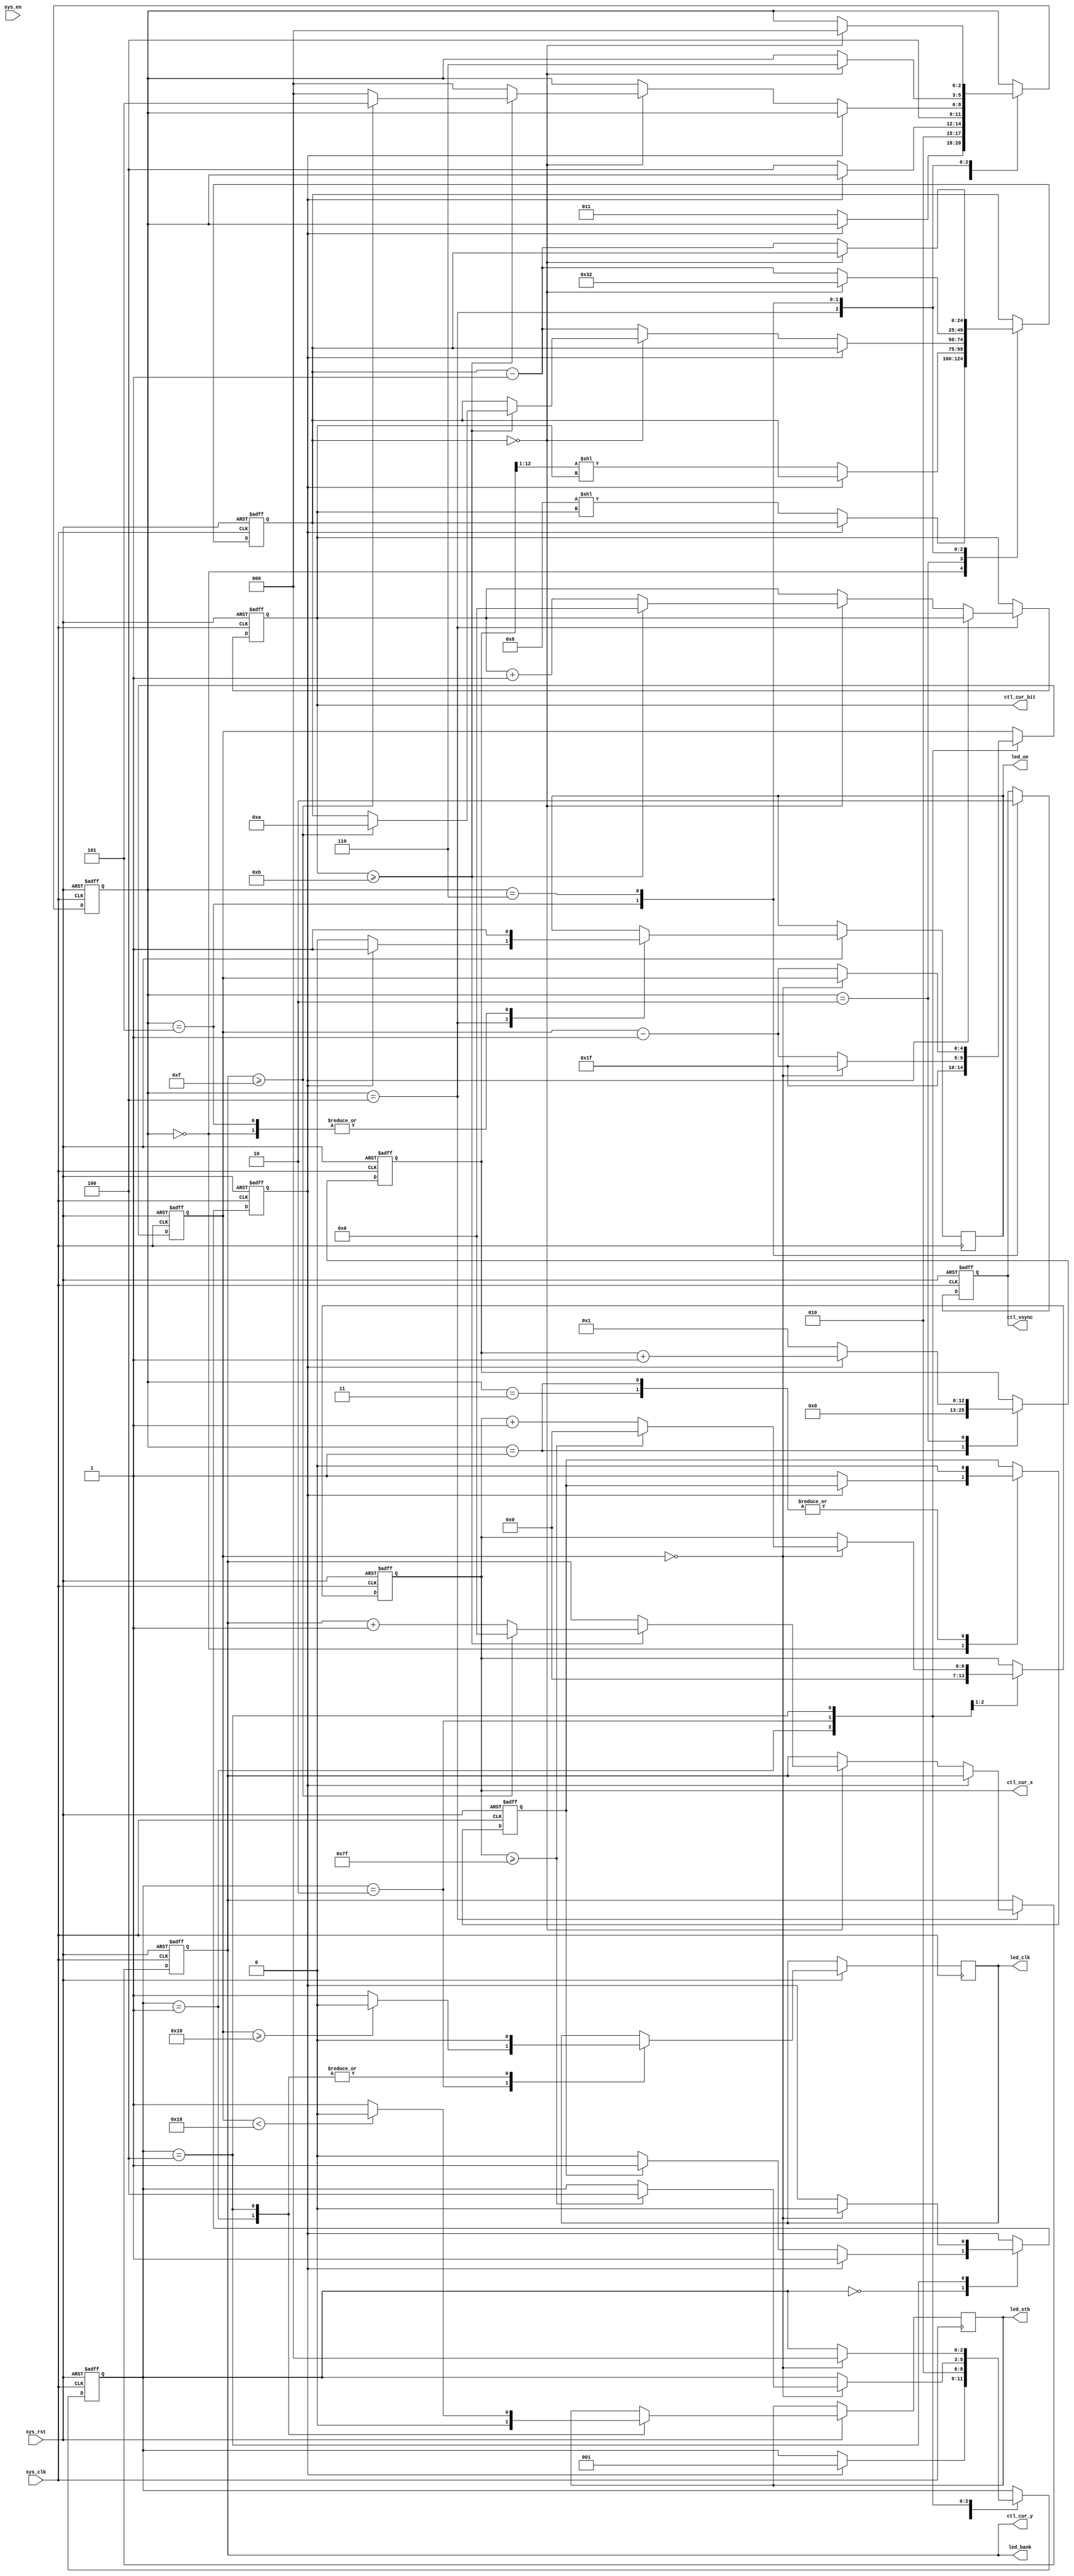
`timescale 1ns / 1ps
//////////////////////////////////////////////////////////////////////////////////
// Licensed under BSD 2-Clause, see COPYING.
// 
// Design Name: 
// Module Name: timing_generator
// Project Name: LED Controller for GRAET JUSTICE
// Target Devices: MYiR ZTurn Board with Zynq-7010
// Tool Versions: 
// Description: 
// 
// Dependencies: 
// 
// 
//////////////////////////////////////////////////////////////////////////////////
module timing_generator #(
    // Maximum length of display chain
    parameter integer C_LED_CHAIN_LENGTH = 4,
    // Number of banks in one chain
    parameter integer C_LED_NBANKS = 16,
    // Width of one display
    parameter integer C_LED_WIDTH = 32,
    // Clock divider from system clock to LED blit clock
    parameter integer C_LED_CLKDIV = 32,
    // Bits per pixel colour
    parameter integer C_BPC = 12
)
(
    // TODO: change to target config registers
    /*input [31:0] bufa_base,
    input [31:0] bufa_limit,
    input [31:0] bufb_base,
    input [31:0] bufb_limit,
    input buf_sel,*/
    
    input sys_en,
    input sys_clk,
    input sys_rst,
    
    output reg led_clk,
    output reg led_stb,
    output reg led_oe,
    output [$clog2(C_LED_NBANKS)-1 : 0] led_bank,
    
    output [$clog2(C_LED_WIDTH * C_LED_CHAIN_LENGTH)-1 : 0] ctl_cur_x,
    output [$clog2(C_LED_NBANKS)-1 : 0] ctl_cur_y,
    output [$clog2(C_BPC)-1 : 0] ctl_cur_bit,
    output ctl_vsync
);    

/// Counters
// Current line pixel counter
reg [$clog2(C_LED_WIDTH * C_LED_CHAIN_LENGTH)-1 : 0] pixel_counter;
assign ctl_cur_x = pixel_counter;
// Frame bank counter
reg [$clog2(C_LED_NBANKS)-1 : 0] bank_counter;
assign led_bank = bank_counter;
assign ctl_cur_y = bank_counter;
// Individual pixel divider
reg [$clog2(C_LED_CLKDIV)-1 : 0] divider_counter;
// Subframe counter (for pixel bits)
reg [$clog2(C_BPC)-1 : 0] subframe_counter;
assign ctl_cur_bit = subframe_counter;

/// Internal condition signals
// Are we blitting out the last pixel in the current line?
wire last_pixel = (pixel_counter >= (C_LED_WIDTH * C_LED_CHAIN_LENGTH) - 1);
// Are we blitting out the last line in the current subframe?
wire last_line = (bank_counter >= C_LED_NBANKS - 1);
// Are we blitting out the last subframe in the frame?
wire last_subframe = (subframe_counter >= C_BPC - 1);

/// Line FSM
// Idle
`define LINE_IDLE 3'b000
// Preparation before first pixel of line
`define LINE_PREPARE_FOR_BURST 3'b001
// Burst out a pixel, switch to next one if divider counter reaches zero
`define LINE_BURST 3'b010
// Wait for latch confirmation
`define LINE_WAIT_FOR_CONFIRMATION 3'b011
// Latch out this row, 
`define LINE_LATCH 3'b100
reg [2:0] line_fsm_state;
wire line_fsm_start;
reg line_fsm_busy;

always @(posedge sys_clk or negedge sys_rst)
begin
    if (~sys_rst) begin
        /// Reset counters
        // New output period
        divider_counter <= 0;
        // New column
        pixel_counter <= 0;
        
        line_fsm_busy <= 0;
        line_fsm_state <= `LINE_IDLE;
    end else begin
        case (line_fsm_state)
            `LINE_IDLE: begin
                // Two-step for potential clock domain cross
                if (~line_fsm_busy) begin
                    if (line_fsm_start) begin
                        line_fsm_busy <= 1;
                    end else begin
                        line_fsm_busy <= 0;
                    end
                end else begin
                    line_fsm_state <= `LINE_PREPARE_FOR_BURST;
                end
            end
            `LINE_PREPARE_FOR_BURST: begin
                // Begin new pixel
                divider_counter <= C_LED_CLKDIV - 1;
                // Begin new row
                pixel_counter <= 0;
                
                // Set outputs
                led_clk <= 0;
                led_stb <= 0;
                
                line_fsm_state <= `LINE_BURST;
            end
            `LINE_BURST: begin
                // Count down divider_counter, increment pixel_counter on underflow
                if (divider_counter == 0) begin
                    // Count up pixel counter, see if we blitted all pixels in this row
                    if (last_pixel) begin
                        pixel_counter <= 0;
                        line_fsm_state <= `LINE_LATCH;
                    end else begin
                        pixel_counter <= pixel_counter + 1;
                    end
                    divider_counter <= C_LED_CLKDIV - 1;
                end else begin
                    divider_counter <= divider_counter - 1;
                end
                // Stretch LED clock accross countdown domain (so that we clock out the data in the middle of the period)
                //             _______        _______
                //            |       |      |       |
                // clk  ______|       |______|       |____
                // dat ><=============><=============><=====
                // ctr  80---------> 0 80 --------> 0 80 ----
                if (divider_counter >= (C_LED_CLKDIV / 2))
                    led_clk <= 0;
                else
                    led_clk <= 1;
            end
            `LINE_LATCH: begin
                // Cleanup after previous state...
                led_clk <= 0;
                
                if (divider_counter == 0) begin
                    line_fsm_state <= `LINE_IDLE;
                    line_fsm_busy <= 0;
                end else begin
                    divider_counter <= divider_counter - 1;
                end
                
                if (divider_counter < ((C_LED_CLKDIV >> 1) + (C_LED_CLKDIV >> 2)))
                    led_stb <= 0;
                else
                    led_stb <= 1;
            end
        endcase
    end
end

/// Subframe FSM
`define SUBFRAME_IDLE 3'b000
`define SUBFRAME_CALIBRATE 3'b001
`define SUBFRAME_CALIBRATE2 3'b010
`define SUBFRAME_WAIT 3'b011
`define SUBFRAME_WAIT2 3'b100
`define SUBFRAME_VSYNC1 3'b101
`define SUBFRAME_VSYNC2 3'b110
reg [2:0] subframe_fsm_state;

// Create some register for Line FSM control lines
reg subframe_line_start;
assign line_fsm_start = subframe_line_start;

// Delay counter for subframe, and calibration counter (for first, smaller interval)
// We need to do some calculations... this should be able to fit
//  2**C_BPC  * (C_LED_WIDTH * C_LED_CHAIN_LENGTH) * C_LED_CLKDIV  * 2
//    |         |                                       |           \____ convservative guesstimate :v
//    |         |                                       \____ amounts of sysclocks we spend on a pixel
//    |         \___ number of LEDs we drive in one line
//    \___ bits per pixel timeslot change (if shortest period is X, longest is X * 2**C_BPC) 
reg [$clog2(2**C_BPC  * (C_LED_WIDTH * C_LED_CHAIN_LENGTH) * C_LED_CLKDIV * 2)-1: 0] subframe_delay;
reg [$clog2((C_LED_WIDTH * C_LED_CHAIN_LENGTH) * C_LED_CLKDIV * 2)-1: 0] subframe_calibration_delay;

reg vsync;
assign ctl_vsync = vsync;
always @(posedge sys_clk or negedge sys_rst)
begin
    if (~sys_rst) begin
        subframe_counter <= 0;
        subframe_calibration_delay <= 0;
        subframe_delay <= 0;
        bank_counter <= 0;
        vsync <= 0;
        
        subframe_line_start <= 0;
        subframe_fsm_state <= `SUBFRAME_IDLE;
    end else begin
        case (subframe_fsm_state)
            `SUBFRAME_IDLE: begin
                led_oe <= 1;
                if (!line_fsm_busy) begin
                    subframe_line_start <= 1;
                    //if (subframe_counter == 0 && bank_counter == 0) begin
                        // we're running the first, smallest subframe interval - start calibration
                    //    subframe_fsm_state <= `SUBFRAME_CALIBRATE;
                    //    subframe_delay <= 0;
                    //end else begin
                        subframe_fsm_state <= `SUBFRAME_WAIT;
                        subframe_delay <= (8 << subframe_counter); 
                    //end
                end else begin
                end
            end
            `SUBFRAME_CALIBRATE: begin
                subframe_line_start <= 0;
                subframe_calibration_delay <= 0;
                subframe_fsm_state <= `SUBFRAME_CALIBRATE2;
            end
            `SUBFRAME_CALIBRATE2: begin
                if (!line_fsm_busy) begin
                    //subframe_calibration_delay <= (subframe_calibration_delay >> 8);
                    subframe_calibration_delay <= 1;
                    subframe_delay <= ((subframe_calibration_delay>>1) << subframe_counter);
                    subframe_fsm_state <= `SUBFRAME_WAIT2;
                end else begin
                    subframe_calibration_delay <= subframe_calibration_delay + 1;
                end
            end
            `SUBFRAME_WAIT: begin
                subframe_line_start <= 0;
                subframe_fsm_state <= `SUBFRAME_WAIT2;
            end
            `SUBFRAME_WAIT2: begin
                if (!line_fsm_busy) begin
                    led_oe <= 0;
                    if (subframe_delay == 0) begin
                        
                        
                        if (last_subframe) begin
                            subframe_counter <= 0;
                            if (last_line) begin
                                bank_counter <= 0;
                                subframe_fsm_state <= `SUBFRAME_VSYNC1;
                                subframe_delay = 10;
                            end else begin
                                bank_counter <= bank_counter + 1;
                                subframe_fsm_state <= `SUBFRAME_IDLE;
                            end
                        end else begin
                            subframe_counter <= subframe_counter + 1;
                            subframe_fsm_state <= `SUBFRAME_IDLE;
                        end
                    end else begin
                        subframe_delay <= subframe_delay - 1;
                    end
                end else begin
                    led_oe <= 1;
                end
            end
            `SUBFRAME_VSYNC1: begin
                led_oe <= 1;
                vsync <= 1;
                if (subframe_delay == 0) begin
                    subframe_fsm_state <= `SUBFRAME_VSYNC2;
                    subframe_delay <= 50;
                end else begin
                    subframe_delay <= subframe_delay - 1;
                end
            end
            `SUBFRAME_VSYNC2: begin
                vsync <= 0;
                if (subframe_delay == 0) begin
                    subframe_fsm_state <= `SUBFRAME_IDLE;
                end else begin
                    subframe_delay <= subframe_delay - 1;
                end
            end
        endcase
    end
end

endmodule